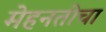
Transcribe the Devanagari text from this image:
मेहनतीचा